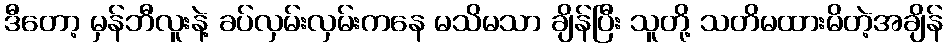
ဒီတော့ မှန်ဘီလူးနဲ့ ခပ်လှမ်းလှမ်းကနေ မသိမသာ ချိန်ပြီး သူတို့ သတိမထားမိတဲ့အချိန်